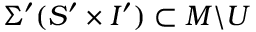
\Sigma ^ { \prime } ( S ^ { \prime } \times I ^ { \prime } ) \subset M \backslash U